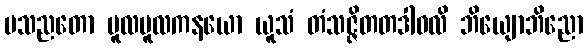
ပသညတော မူလမူလကနယော ယူသံ တံသဇ္ဇိတတဒါဝလိ ဘိယျောဘိညော